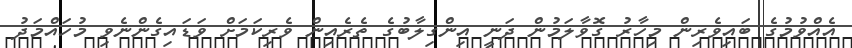
އެއްވުމުގެ ބައިވެރިން މިހާރު ގޮވާލަމުން ދަނީ އިންގިލާބުގެ ތެރެއިން ވެރިކަމަށް ވަޑައިގެންނެވި މުހައްމަދު